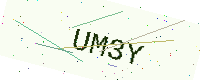
Text: UM3Y